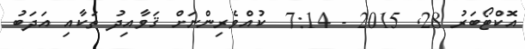
އޮކްޓޯބަރު 28